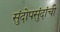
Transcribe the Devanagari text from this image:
सुंदोपसुंदांची